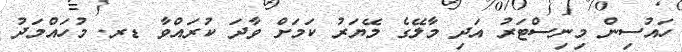
ހައުސިން މިނިސްޓަރު އަދި މާލޭގެ މޭޔަރު ކަމަށް ވާދަ ކުރައްވާ ޑރ. މުހައްމަދު